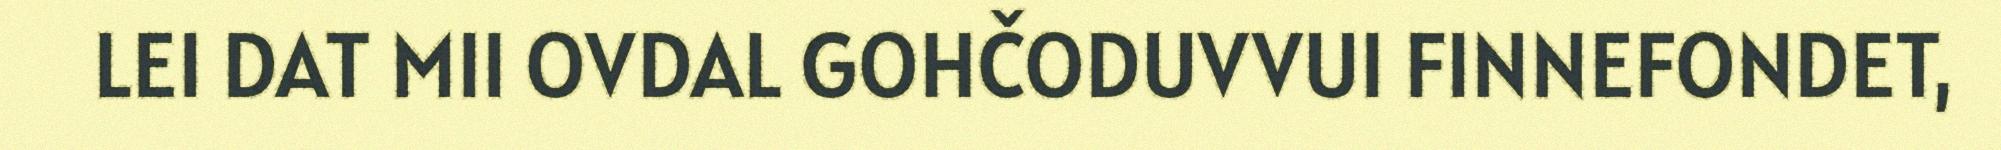
LEI DAT MII OVDAL GOHČODUVVUI FINNEFONDET,